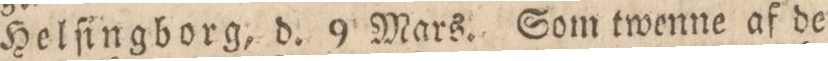
Helſingborg, d. 9 Mars. Som twenne af de